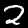
Label: 2